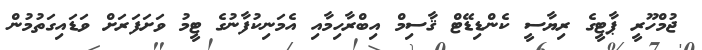
ޖުމްހޫރީ ޕާޓީގެ ރިޔާސީ ކެންޑިޑޭޓް ޤާސިމް އިބްރާހިމާއި އެމަނިކުފާނުގެ ޓީމު ވަށަފަރަށް ވަޑައިގަތުމުން